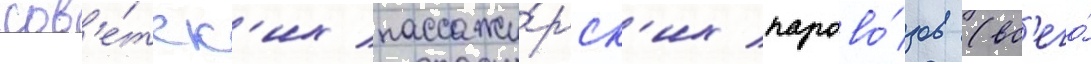
сов'е́тск'их пассажи́рск'их парово́зов (вс'его́